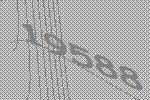
19588